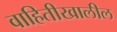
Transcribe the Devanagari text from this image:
वाहितीखालील